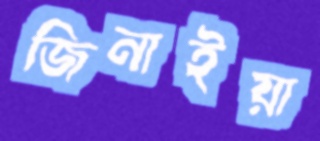
জিনাইয়া